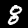
Label: 8